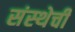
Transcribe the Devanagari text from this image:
संस्‍थेची